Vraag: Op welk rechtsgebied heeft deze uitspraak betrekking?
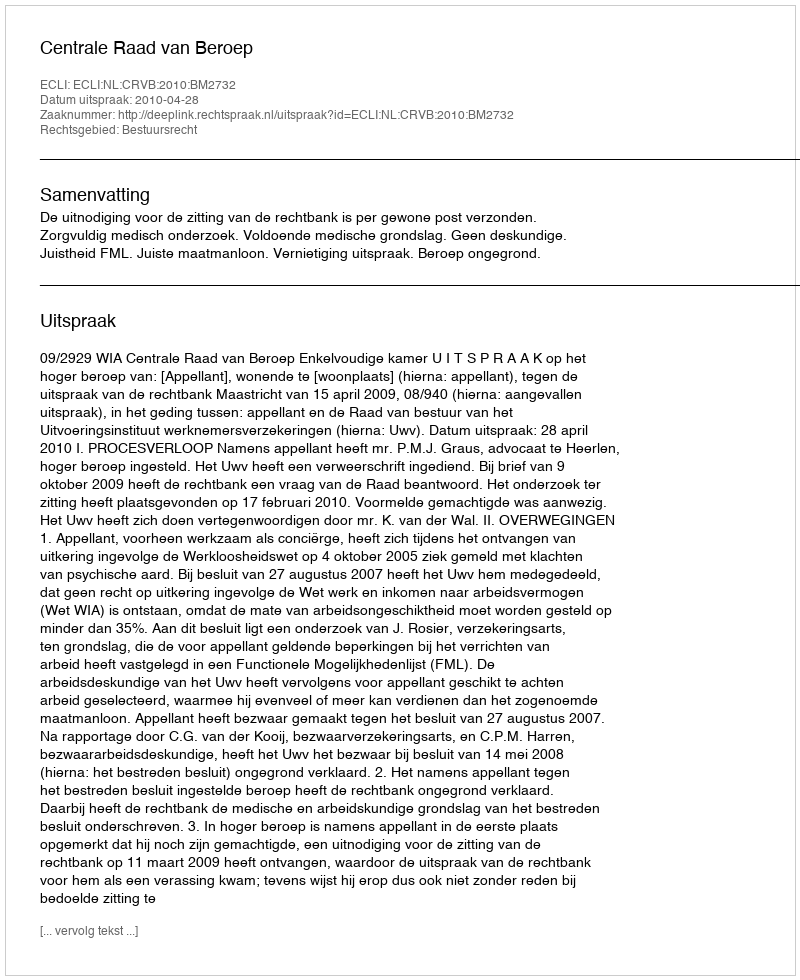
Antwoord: Bestuursrecht